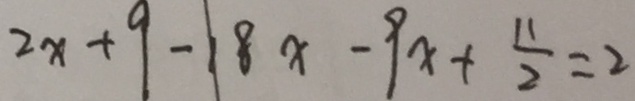
2 x + 9 - 1 8 x - 9 x + \frac { 1 1 } { 2 } = 2